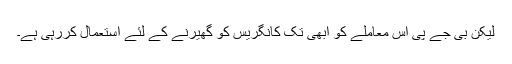
لیکن بی جے پی اس معاملے کو ابھی تک کانگریس کو گھیرنے کے لئے استعمال کررہی ہے۔